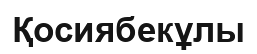
Қосиябекұлы